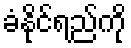
ခံနိုင်ရည်ကို